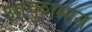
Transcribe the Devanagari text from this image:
आयुशमान